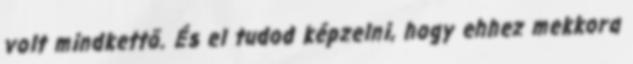
volt mindkettő. És el tudod képzelni, hogy ehhez mekkora